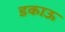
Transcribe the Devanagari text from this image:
डकाऊ